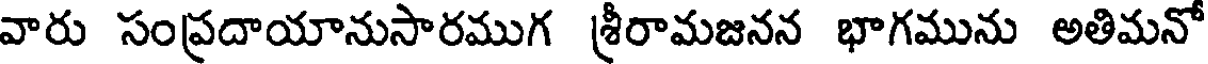
వారు సంప్రదాయానుసారముగ శ్రీరామజనన భాగమును అతిమనో